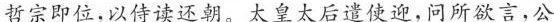
哲宗即位，以侍读还朝。太皇太后遣使迎，问所欲言，公